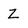
Character: Z